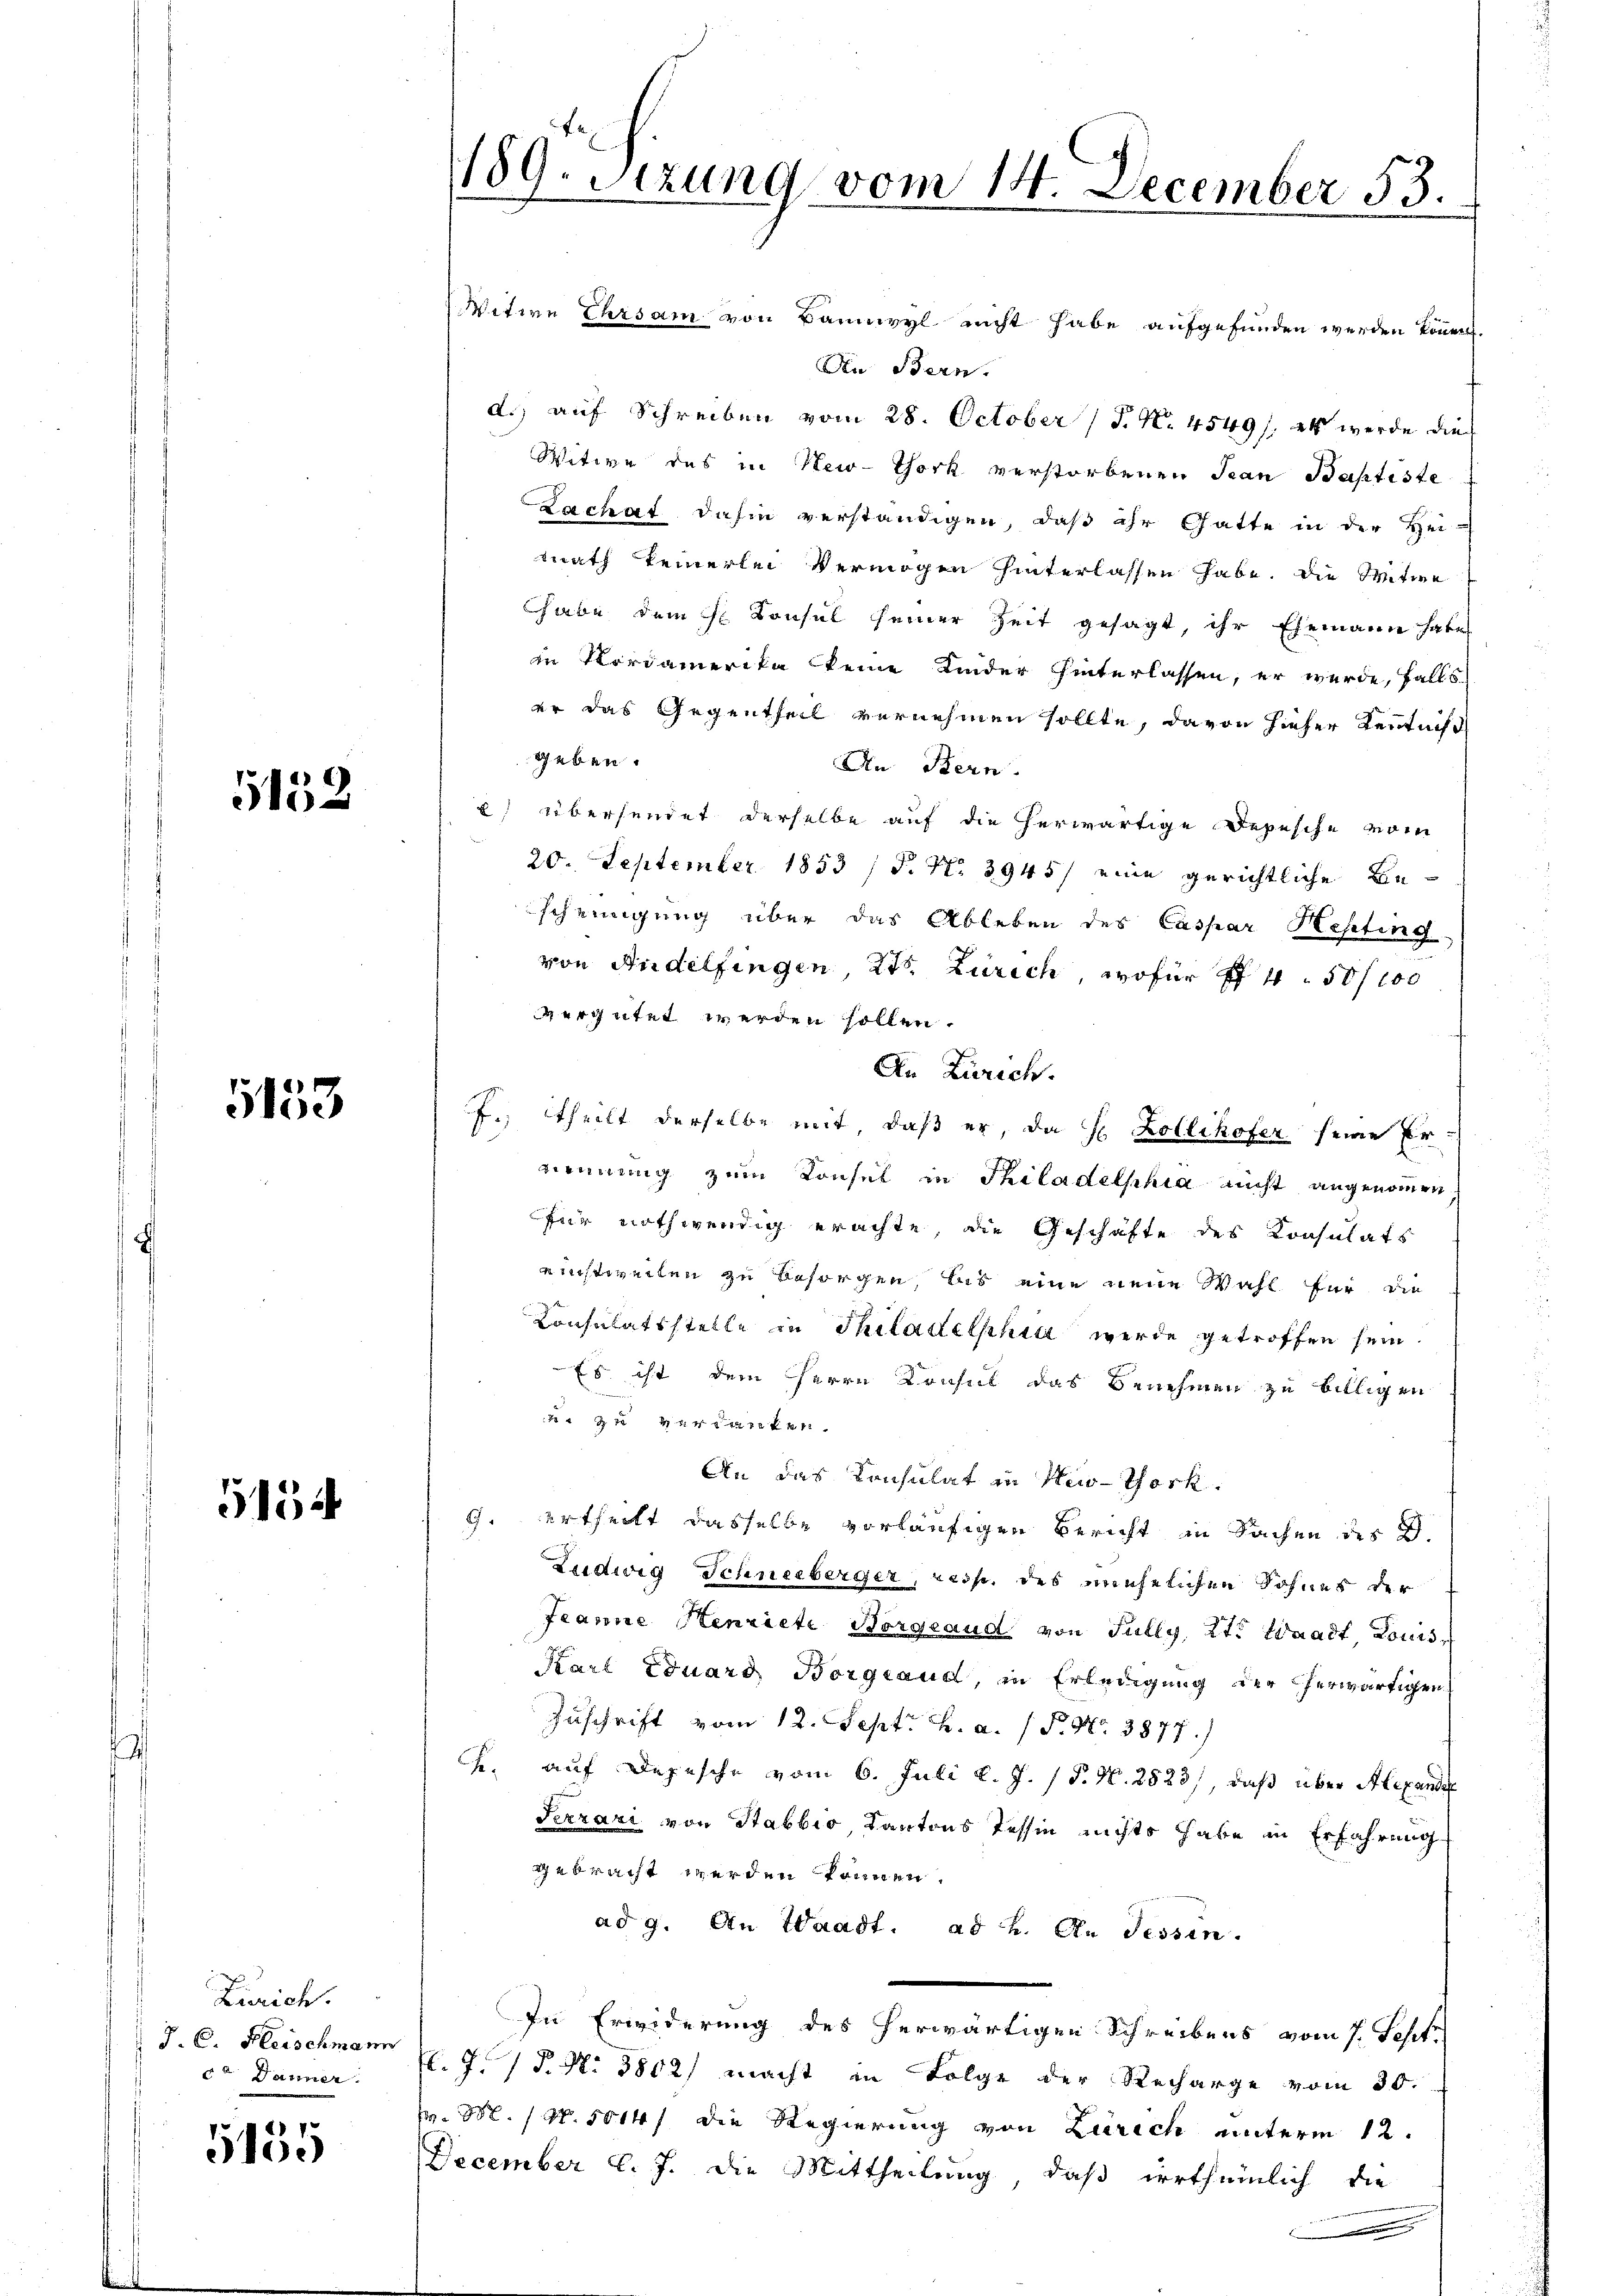
5152

5153

5154

Zürich.
J. C. Fleischmann
 Jänner

5155

189. Sizung vom 14. December 53.

Witwe Ehrsam von Bannwyl nicht habe aufgefunden werden können.
Die Bern.
d.) auf Schreiben vom 28. October (T. No. 4549/. als werde dies
Witwe des in New-York verstorbenen Jean Baptiste
Lachat dahin verständigen, daß ihr Gatte in der Hei-
tnath keinerlei Vermögen hinterlassen habe. Die Witwe
habe dem H. Konsul seiner Zeit gesagt, ihr Ehemann habe
in Nordamerika keine Kinder hinterlassen, er wurde, falls
er das Gegentheil vernehmen sollte, davon hieher Kenntniß
geben.
In Bern.
2) Übersendet derselbe auf die herwärtige Depesche vom
20. September 1853 / P. Nr. 3945/ eine gerichtliche Bescheinigung über das Ableben des Caspar Hepting
von Andelfingen, Kts. Zürich, wofür f 4 50/100
vergütet werden sollen.
An Zürich.
J. theilt derselbe mit, daß er, da Hr. Zollikofer seine Ergennung zum Konsel in Thiladelphia nicht angenommen,
für nothwendig erachte, die Geschäfte des Konsulats
einstweiten zu besorgen las eine neue Wahl für die
Konsulatsstelle in Philadelphia werde getroffen sein.
Es ist dem Herrn Konsul das Benehmen zu billigen
 verdanken.
An das Konsulat in New-York.
g. Urtheilt dasselbe vorläufigen Bericht in Sachen der
Ludwig Schneeberger, resp. des unehelichen Sohnes der
Jeanne Henriete Borgeaua von Jully, 2t. Waadt Louis
Karl Eduard Borgsaud, in Erledigung der herwärtigen
Zuschrift vom 12. Sept. h. a. (T. N. 3877.)
Fr. auf Depesche vom 6. Juli l. J. P. N. 2823), daß über Alexande
Terrari von Stabbio Cantons Tessin nichts habe in Erfahrung
gebracht werden können.
ad 9. An Waadt. ad u. An Tessin.
In Erwiderung des herwärtigen Schreibens vom 1. Sept
. J. P. N. 3802) macht in Folge der Recharge vom 30.
. M. / N. 1014/ die Regierung von Zürich unterm 12.
December l. J. die Mittheilung, daß irrtheinlich die